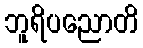
ဘူရိပညောတိ